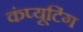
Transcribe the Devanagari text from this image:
कंप्‍यूटिंग